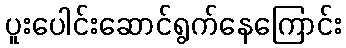
ပူးပေါင်းဆောင်ရွက်နေကြောင်း